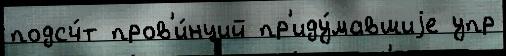
подсч́т пров'и́нций пр'иду́мавшиjе упр